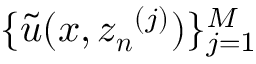
\{ \tilde { u } ( \boldsymbol { x } , \boldsymbol { z _ { n } } ^ { ( j ) } ) \} _ { j = 1 } ^ { M }